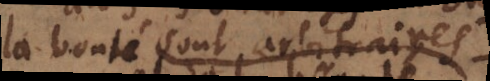
la bonté sont arbitraires.